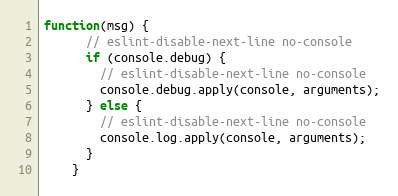
Language: JavaScript
function(msg) {
      // eslint-disable-next-line no-console
      if (console.debug) {
        // eslint-disable-next-line no-console
        console.debug.apply(console, arguments);
      } else {
        // eslint-disable-next-line no-console
        console.log.apply(console, arguments);
      }
    }